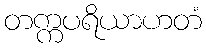
တက္ကပရိယာဟတံ